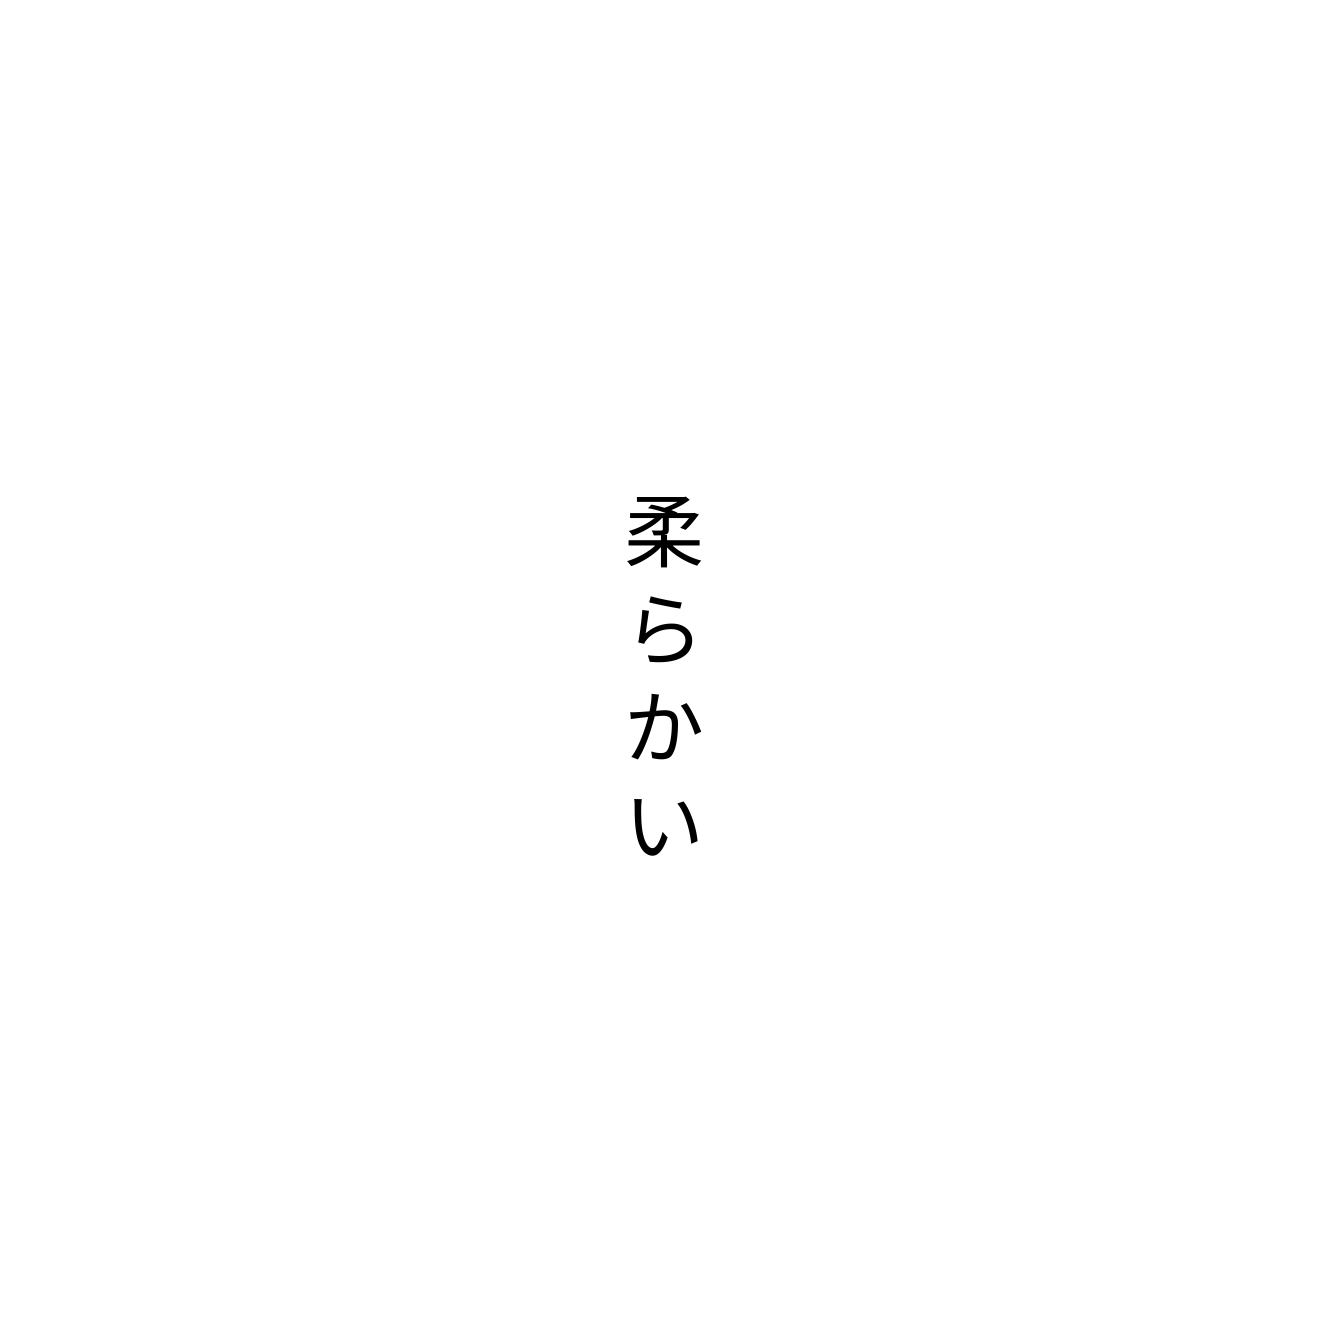
柔らかい